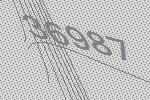
36987